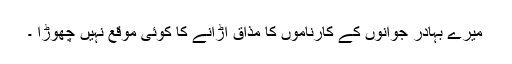
میرے بہادر جوانوں کے کارناموں کا مذاق اڑانے کا کوئی موقع نہیں چھوڑا ۔